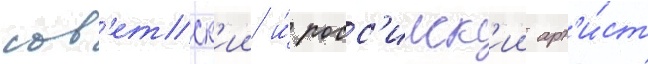
сов'етск'ии и́ росс'ииск'ии арт'и́ст